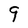
Character: g